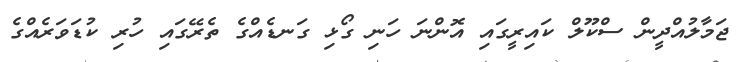
ޖަމާލުއްދީން ސްކޫލް ކައިރީގައި އޮންނަ ހަނި ގޯޅި ގަނޑެއްގެ ތެރޭގައި ހުރި ކުޑަވަރެއްގެ